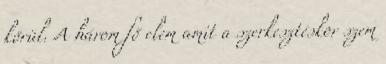
körül. A három fő elem amit a szerkesztéskor szem